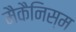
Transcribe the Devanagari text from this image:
मैकैनिस्म